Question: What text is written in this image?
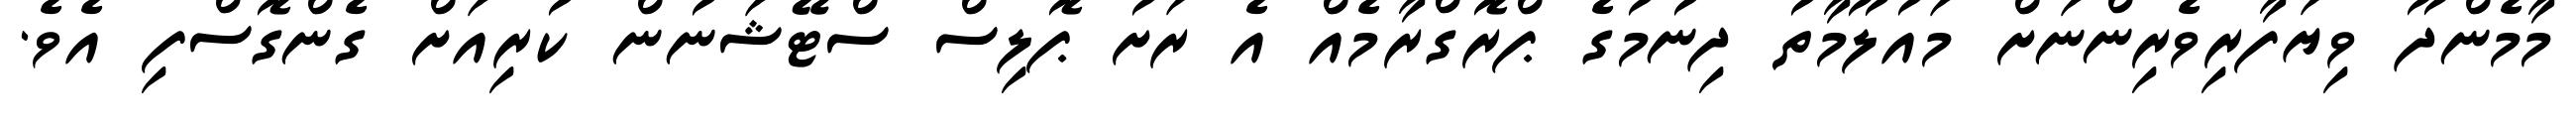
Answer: މާމެންދޫ ވިޔަފާރިވެރިންނަށް މައުލޫމާތު ދިނުމުގެ ޕްރޮގްރާމެއް އެ ރަށު ޕޮލިސް ސްޓޭޝަނުން ކުރިއަށް ގެންގޮސްފި އެވެ.